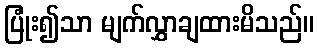
ပြုံး၍သာ မျက်လွှာချထားမိသည်။